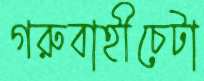
গরুবাহীচেটা